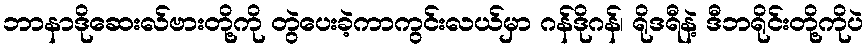
ဘာနာဒိုဆေးလ်ဗားတို့ကို တွဲပေးခဲ့ကာကွင်းလယ်မှာ ဂန်ဒိုဂန်၊ ရိုဒရီနဲ့ ဒီဘရိုင်းတို့ကိုပဲ